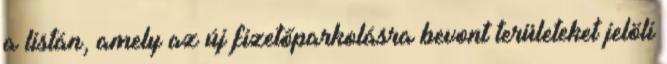
a listán, amely az új fizetőparkolásra bevont területeket jelöli